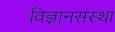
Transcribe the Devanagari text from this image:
विज्ञानसंस्था